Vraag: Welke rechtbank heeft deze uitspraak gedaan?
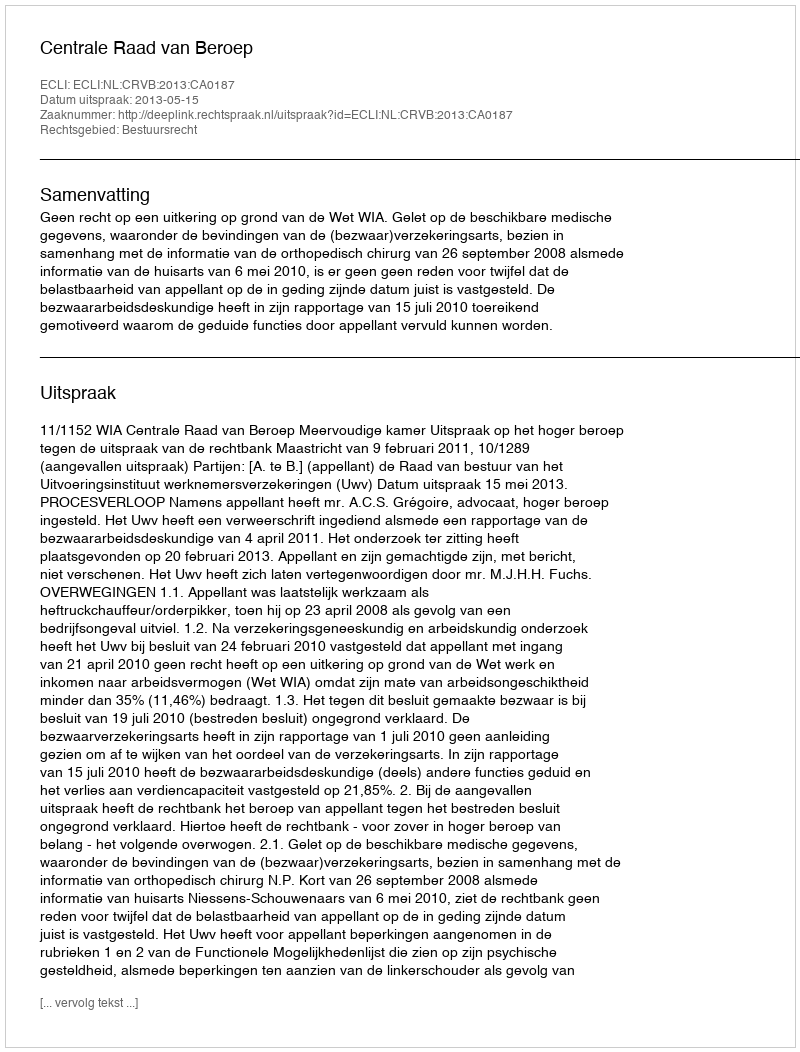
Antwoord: Centrale Raad van Beroep